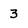
Character: 3